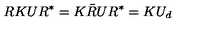
R K U R ^ { * } = K \bar { R } U R ^ { * } = K U _ { d }